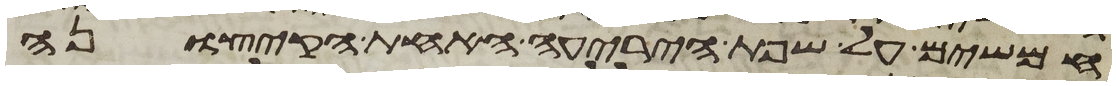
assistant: חמשים על שפת היריעה האחת הקצונה